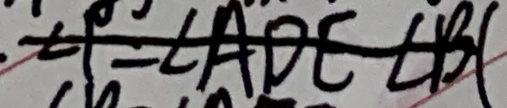
\angle 1 = \angle A D C - \angle B C